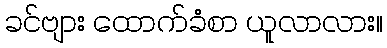
ခင်ဗျား ထောက်ခံစာ ယူလာလား။